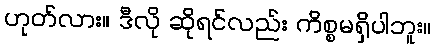
ဟုတ်လား။ ဒီလို ဆိုရင်လည်း ကိစ္စမရှိပါဘူး။